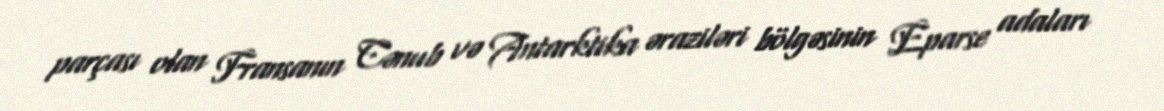
parçası olan Fransanın Cənub və Antarktika əraziləri bölgəsinin Eparse adaları